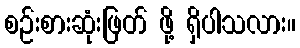
စဉ်းစားဆုံးဖြတ် ဖို့ ရှိပါသလား။